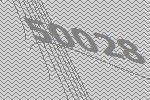
50028